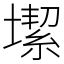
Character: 𡐤